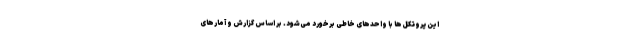
این پروتکل‌ها با واحدهای خاطی برخورد می‌شود. بر اساس گزارش و آمارهای